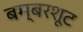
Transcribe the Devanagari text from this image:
बम्बरशूट